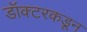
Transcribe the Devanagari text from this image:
डॉक्‍टरकडून